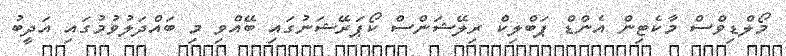
މޯލްޑިވްސް މާކެޓިން އެންޑް ޕަބްލިކް ރިލޭޝަންސް ކޯޕަރޭޝަނުގައި ބޭއްވި މި ބައްދަލުވުމުގައި އަދީބު